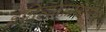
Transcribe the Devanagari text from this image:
इतिहासाप्रमाणेच